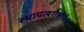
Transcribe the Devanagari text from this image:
स्थापत्यशैलींपैकी